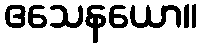
ဧသေနယော။